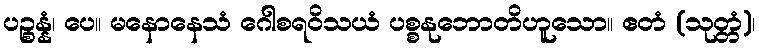
ပဉ္စန္နံ၊ ပေ။ မနောနေသံ ဂေါစရဝိသယံ ပစ္စနုဘောတိဟူသော။ ဧတံ (သုတ္တံ)၊